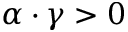
\alpha \cdot \gamma > 0